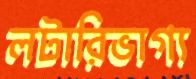
লটারিভাগ্য